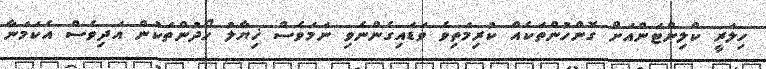
ހިލަރީ ކްލިންޓަންއަށް ގޮންހުންތަކެއް ކުރިމަތިވެ ވަޑައިގެންނެވި ނަމަވެސް ޚިޔާލު ހޯދުންތަކުން އަދިވެސް އެކަމަނާ